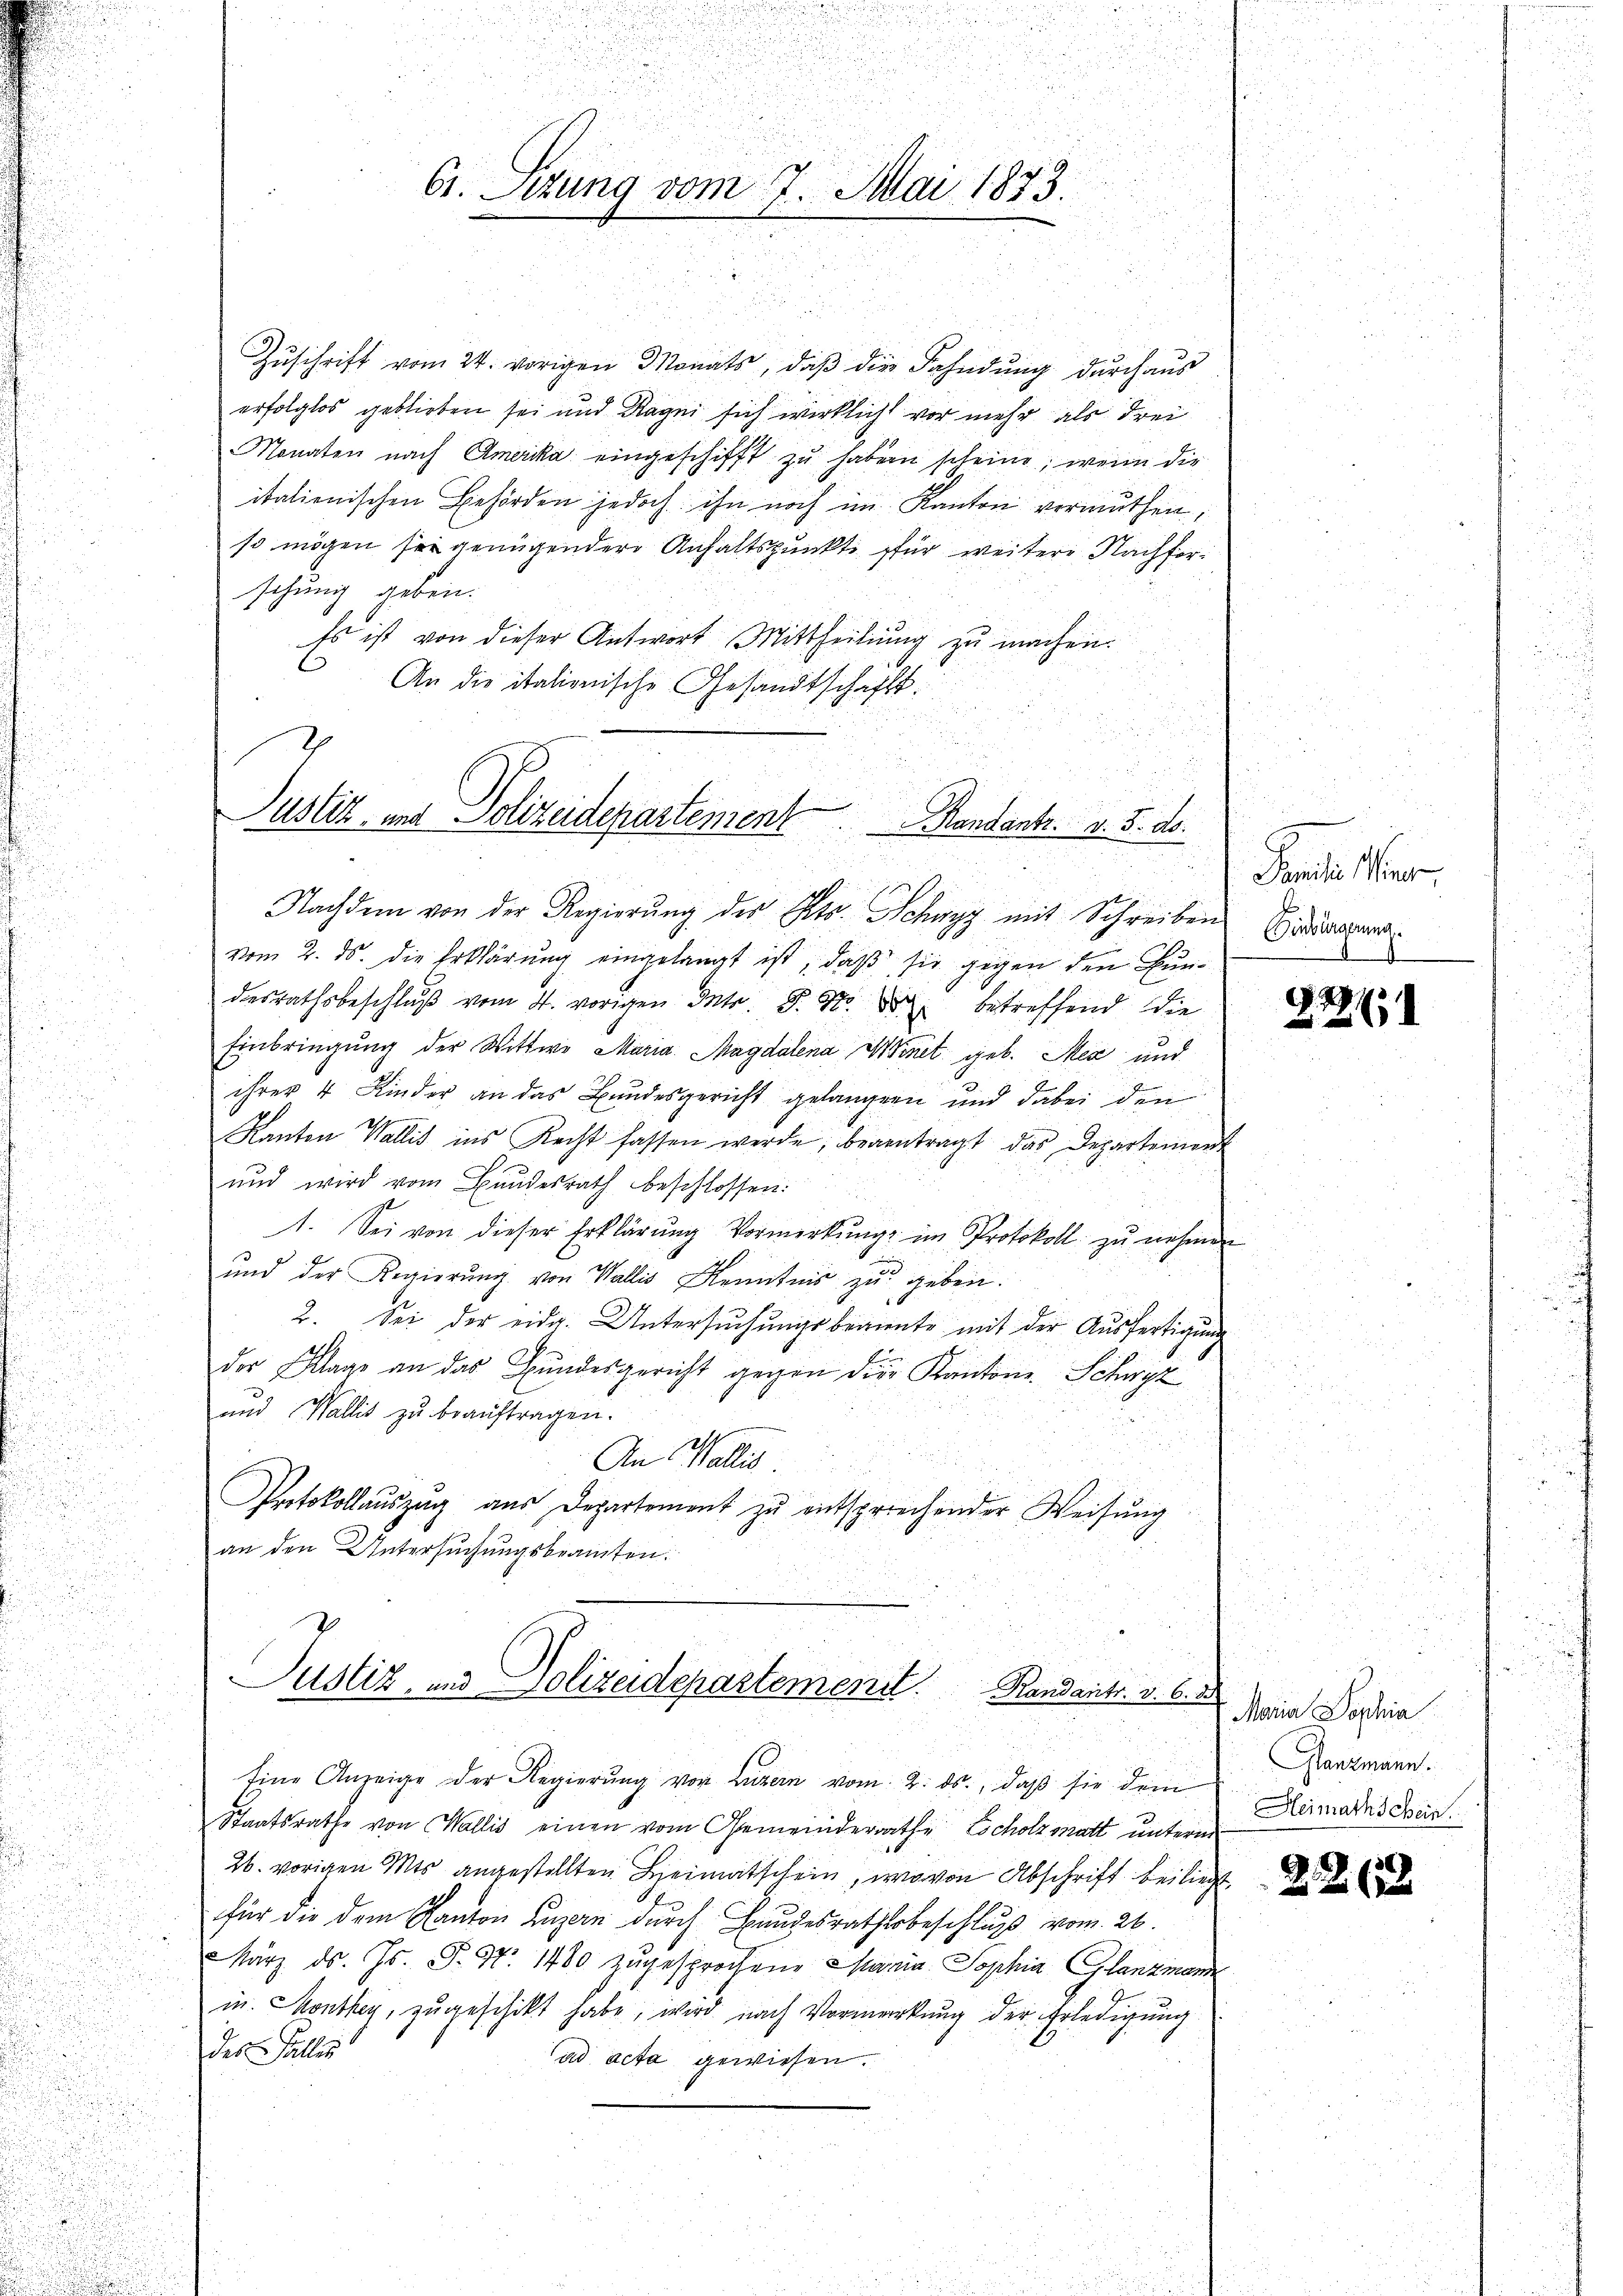
61. Sitzung vom 7. Mai 1883.

Zŭschrift vom 24. vorigen Monats, daβ die Fahndŭng dŭrch aŭs
erfolglos geblieben sei und Ragei sich wirklicht vor mehr als Frei
Monaten nach Amerika eingeschifft zu haben scheine, wenn die
italienischen Behörden jedoch ihn noch im Kanton vermuthen,
so mögen sei genügendere Anhaltspunkte für weitere Nachforschung geben.
Es ist von dieser Antwort Mittheilung zu machen.
An die itationische Gesandtschaft.

Justiz und Polizeidepartement Mandants. v. 5. d.

Nachdem von der Regierŭng des Kts. Schwyz mit Schreiben
vom 2. ds. die Erklärung eingelangt ist, daß sie gegen den Bundesrathsbeschlŭβ vom 4. vorigen Intr. P. Nr. 3 betreffend die
Einbringung der Wittwe Maria Magdalena Winet geb. Mez und
ihrer 4 Kinder an das Bundesgericht gelangen und dabei den
Kanton Wallis ins Recht fassen werde, beantragt das Departement
und wird vom Bundesrath beschlossen:
1. Sei von dieser Erklärŭng Vormerkŭng im Protokoll zŭ nehmen
e
ŭnd der Regierŭng von Wallis Kenntnis zŭ geben.
2. Sei der eidg. Untersŭchŭngsbeante mit der Aŭsfertigŭng
der Klage an das Bundesgericht gegen der Kantons Schwyz
und Wallis zu beauftragen.
An Wallis.
Protokollaŭszŭg aŭs Departement zŭ entsprechender Weisŭng
an den Untersuchungsbeamten.

Justiz, und Polizeidepartement.
Randants. v. 6. d.

Eine Anzeige der Regierŭng von Luzern vom 2. ds., daβ sie dem
Staatsrathe von Wallis einen vom Gemeinderrathe scholzmatt unterm
26. vorigen Mts angestellten Heimatschein, wovon Abschrift beiliegt.
für die dem Kanton Luzern durch Bundesrathsbeschluß vom 26.
März d. Js. F. S. 1480 zugesprochene Charia Sophia Glanzmann
in. Monthey, zugeschickt habe, wird nach Vormerkung der Erledigung
des Falles
ad acta gewiesen.

Penden Maur,
Finbürgerung.
.

G. 29
26

Maria Dophia
Gantmann.
Heimathschein

2.2. (